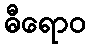
ဓီရောဝ